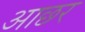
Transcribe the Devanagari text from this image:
आछर